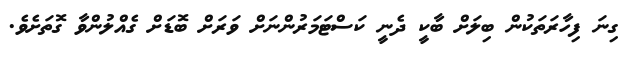
ގިނަ ފިހާރަތަކުން ބިލަށް ބާކީ ދެނީ ކަސްޓަމަރުންނަށް ވަރަށް ބޮޑަށް ގެއްލުންވާ ގޮތަށެވެ.